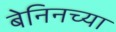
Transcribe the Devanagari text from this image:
बेनिनच्या